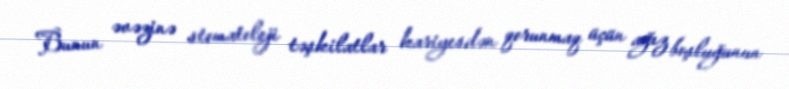
Bunun əvəzinə stomatoloji təşkilatlar kariyesdən qorunmaq üçün ağız boşluğunun